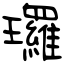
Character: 㼈